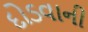
દોડવાની